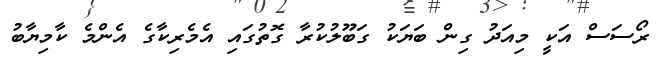
ރޯސަސް އަކީ މިއަދު ގިން ބަޔަކު ގަބޫލުކުރާ ގޮތުގައި އެމެރިކާގެ އެންމެ ކާމިޔާބު